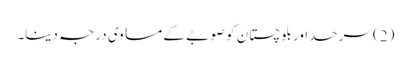
(2) سرحداور بلوچستان کو صوبے کے مساوی درجہ دینا۔